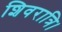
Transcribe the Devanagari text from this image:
शिवरात्रि।